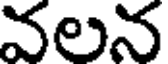
వలన